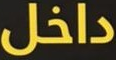
داخل